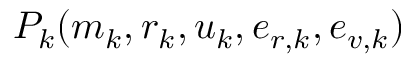
P _ { k } ( m _ { k } , \boldsymbol { r } _ { k } , \boldsymbol { u } _ { k } , e _ { r , k } , e _ { v , k } )